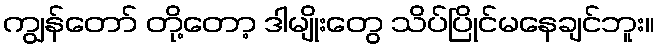
ကျွန်တော် တို့တော့ ဒါမျိုးတွေ သိပ်ပြိုင်မနေချင်ဘူး။